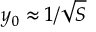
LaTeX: y _ { 0 } \approx 1 / { \sqrt { S } }